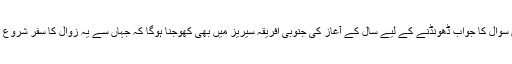
اس سوال کا جواب ڈھونڈنے کے لیے سال کے آغاز کی جنوبی افریقہ سیریز میں بھی کھوجنا ہوگا کہ جہاں سے یہ زوال کا سفر شروع ہوا۔